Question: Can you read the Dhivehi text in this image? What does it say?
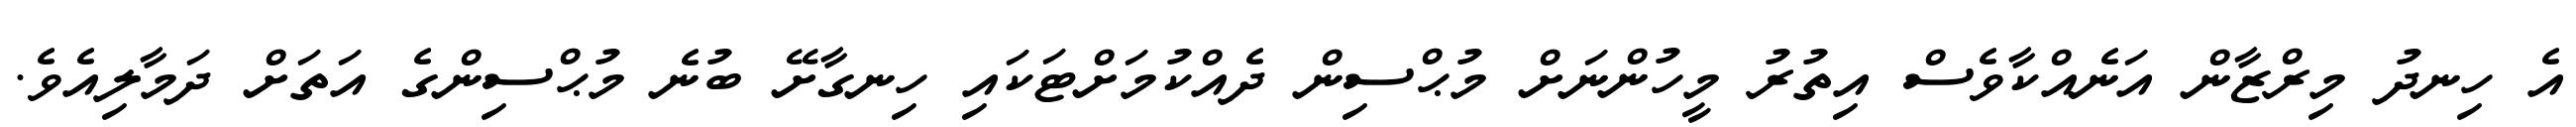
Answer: އެ ހިނދު މިރްޒާން އަނެއްކާވެސް އިތުރު މީހުންނަށް މުޙްސިން ދެއްކުމަށްޓަކައި ހިނގާށޭ ބުނެ މުޙްސިންގެ އަތަށް ދަމާލިއެވެ.